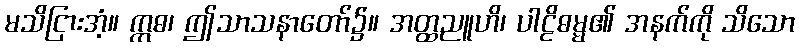
မသိငြားအံ့။ ဣဓ၊ ဤသာသနာတော်၌။ အတ္ထညူဟိ၊ ပါဠိဓမ္မ၏ အနက်ကို သိသော